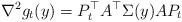
LaTeX: \begin{align*}\nabla^{2}g_{t}(y)=P_{t}^{\top}A^{\top}\Sigma(y)AP_{t}\end{align*}